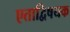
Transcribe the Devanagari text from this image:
एताद्विषयक